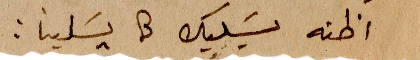
اظنه يسَليك كما يسلينا: